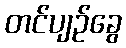
တင်ပျဉ်ခွေ